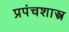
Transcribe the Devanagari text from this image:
प्रपंचशास्त्र